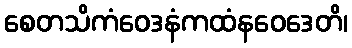
စေတသိကံဝေဒနံကထံနဝေဒေတိ၊